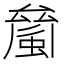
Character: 𧏝